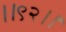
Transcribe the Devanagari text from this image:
।।९२।।